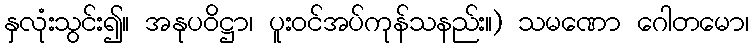
နှလုံးသွင်း၍။ အနုပဝိဋ္ဌာ၊ ပူးဝင်အပ်ကုန်သနည်း။) သမဏော ဂေါတမော၊